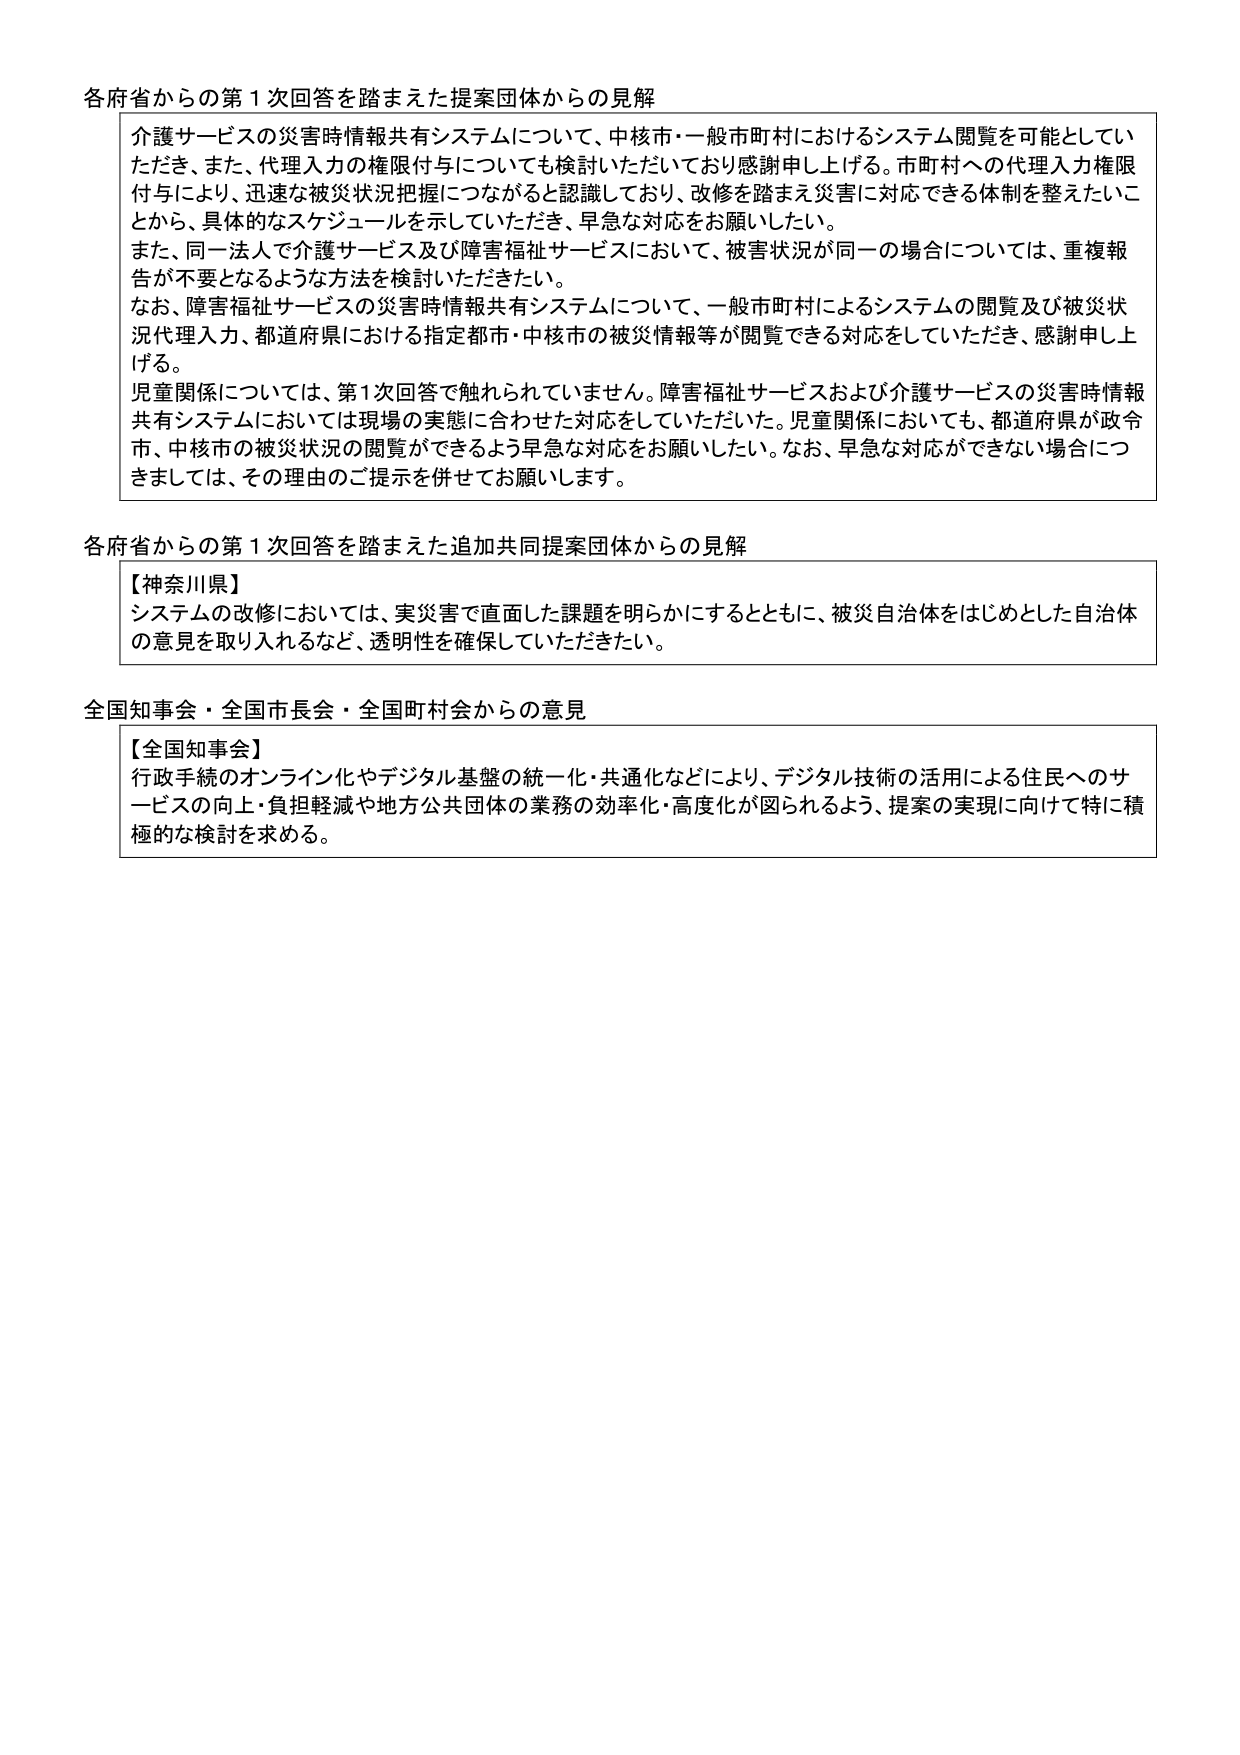
各府省からの第1次回答を踏まえた提案団体からの見解

介護サービスの災害時情報共有システムについて、中核市・一般市町村におけるシステム閲覧を可能としていただき、また、代理入力の権限付与についても検討いただいており感謝申し上げる。市町村への代理入力権限付与により、迅速な被災状況把握につながると認識しており、改修を踏まえ災害に対応できる体制を整えたいことから、具体的なスケジュールを示していただき、早急な対応をお願いしたい。

また、同一法人で介護サービス及び障害福祉サービスにおいて、被害状況が同一の場合については、重複報告が不要となるような方法を検討いただきたい。

なお、障害福祉サービスの災害時情報共有システムについて、一般市町村によるシステムの閲覧及び被災状況代理入力、都道府県における指定都市・中核市の被災情報等が閲覧できる対応をしていただき、感謝申し上げる。

児童関係については、第1次回答で触れられていません。障害福祉サービスおよび介護サービスの災害時情報共有システムにおいては現場の実態に合わせた対応をしていただいた。児童関係においても、都道府県が政令市、中核市の被災状況の閲覧ができるよう早急な対応をお願いしたい。なお、早急な対応ができない場合につきましては、その理由のご提示を併せてお願いします。

各府省からの第1次回答を踏まえた追加共同提案団体からの見解

【神奈川県】
システムの改修においては、実災害で直面した課題を明らかにするとともに、被災自治体をはじめとした自治体の意見を取り入れるなど、透明性を確保していただきたい。

全国知事会・全国市長会・全国町村会からの意見

【全国知事会】
行政手続のオンライン化やデジタル基盤の統一化・共通化などにより、デジタル技術の活用による住民へのサービスの向上・負担軽減や地方公共団体の業務の効率化・高度化が図られるよう、提案の実現に向けて特に積極的な検討を求める。